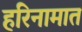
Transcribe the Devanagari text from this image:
हरिनामात